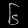
Digit: ၆